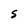
Character: S